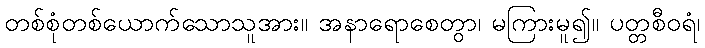
တစ်စုံတစ်ယောက်သောသူအား။ အနာရောစေတွာ၊ မကြားမူ၍။ ပတ္တစီဝရံ၊